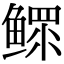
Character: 鳏